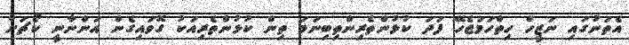
އެތަނުގައި ނަޒީހް ހިތްހަމަޖެހޭ ފަދަ ކުޅުންތެރިންތިބިނަމަ ތިން ކުޅުންތެރިއަކު ގޮވައިގެން އަންނާނީ ކޯޗަށް